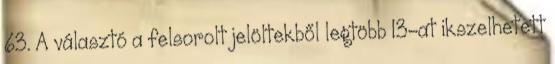
63. A választó a felsorolt jelöltekből legtöbb 13-at ikszelhetett